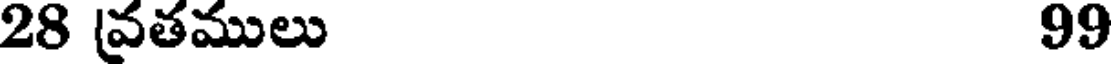
28 వ్రతములు 99